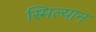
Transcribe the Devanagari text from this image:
स्मिल्यान